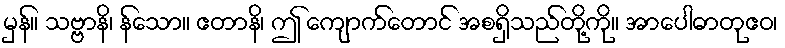
မှန်။ သဗ္ဗာနိ၊ န်သော။ ဧတာနိ၊ ဤ ကျောက်တောင် အစရှိသည်တို့ကို။ အာပေါဓာတုဧဝ၊